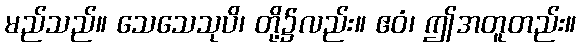
မည်သည်။ သေသေသုပိ၊ တို့၌လည်း။ ဧဝံ၊ ဤအတူတည်း။